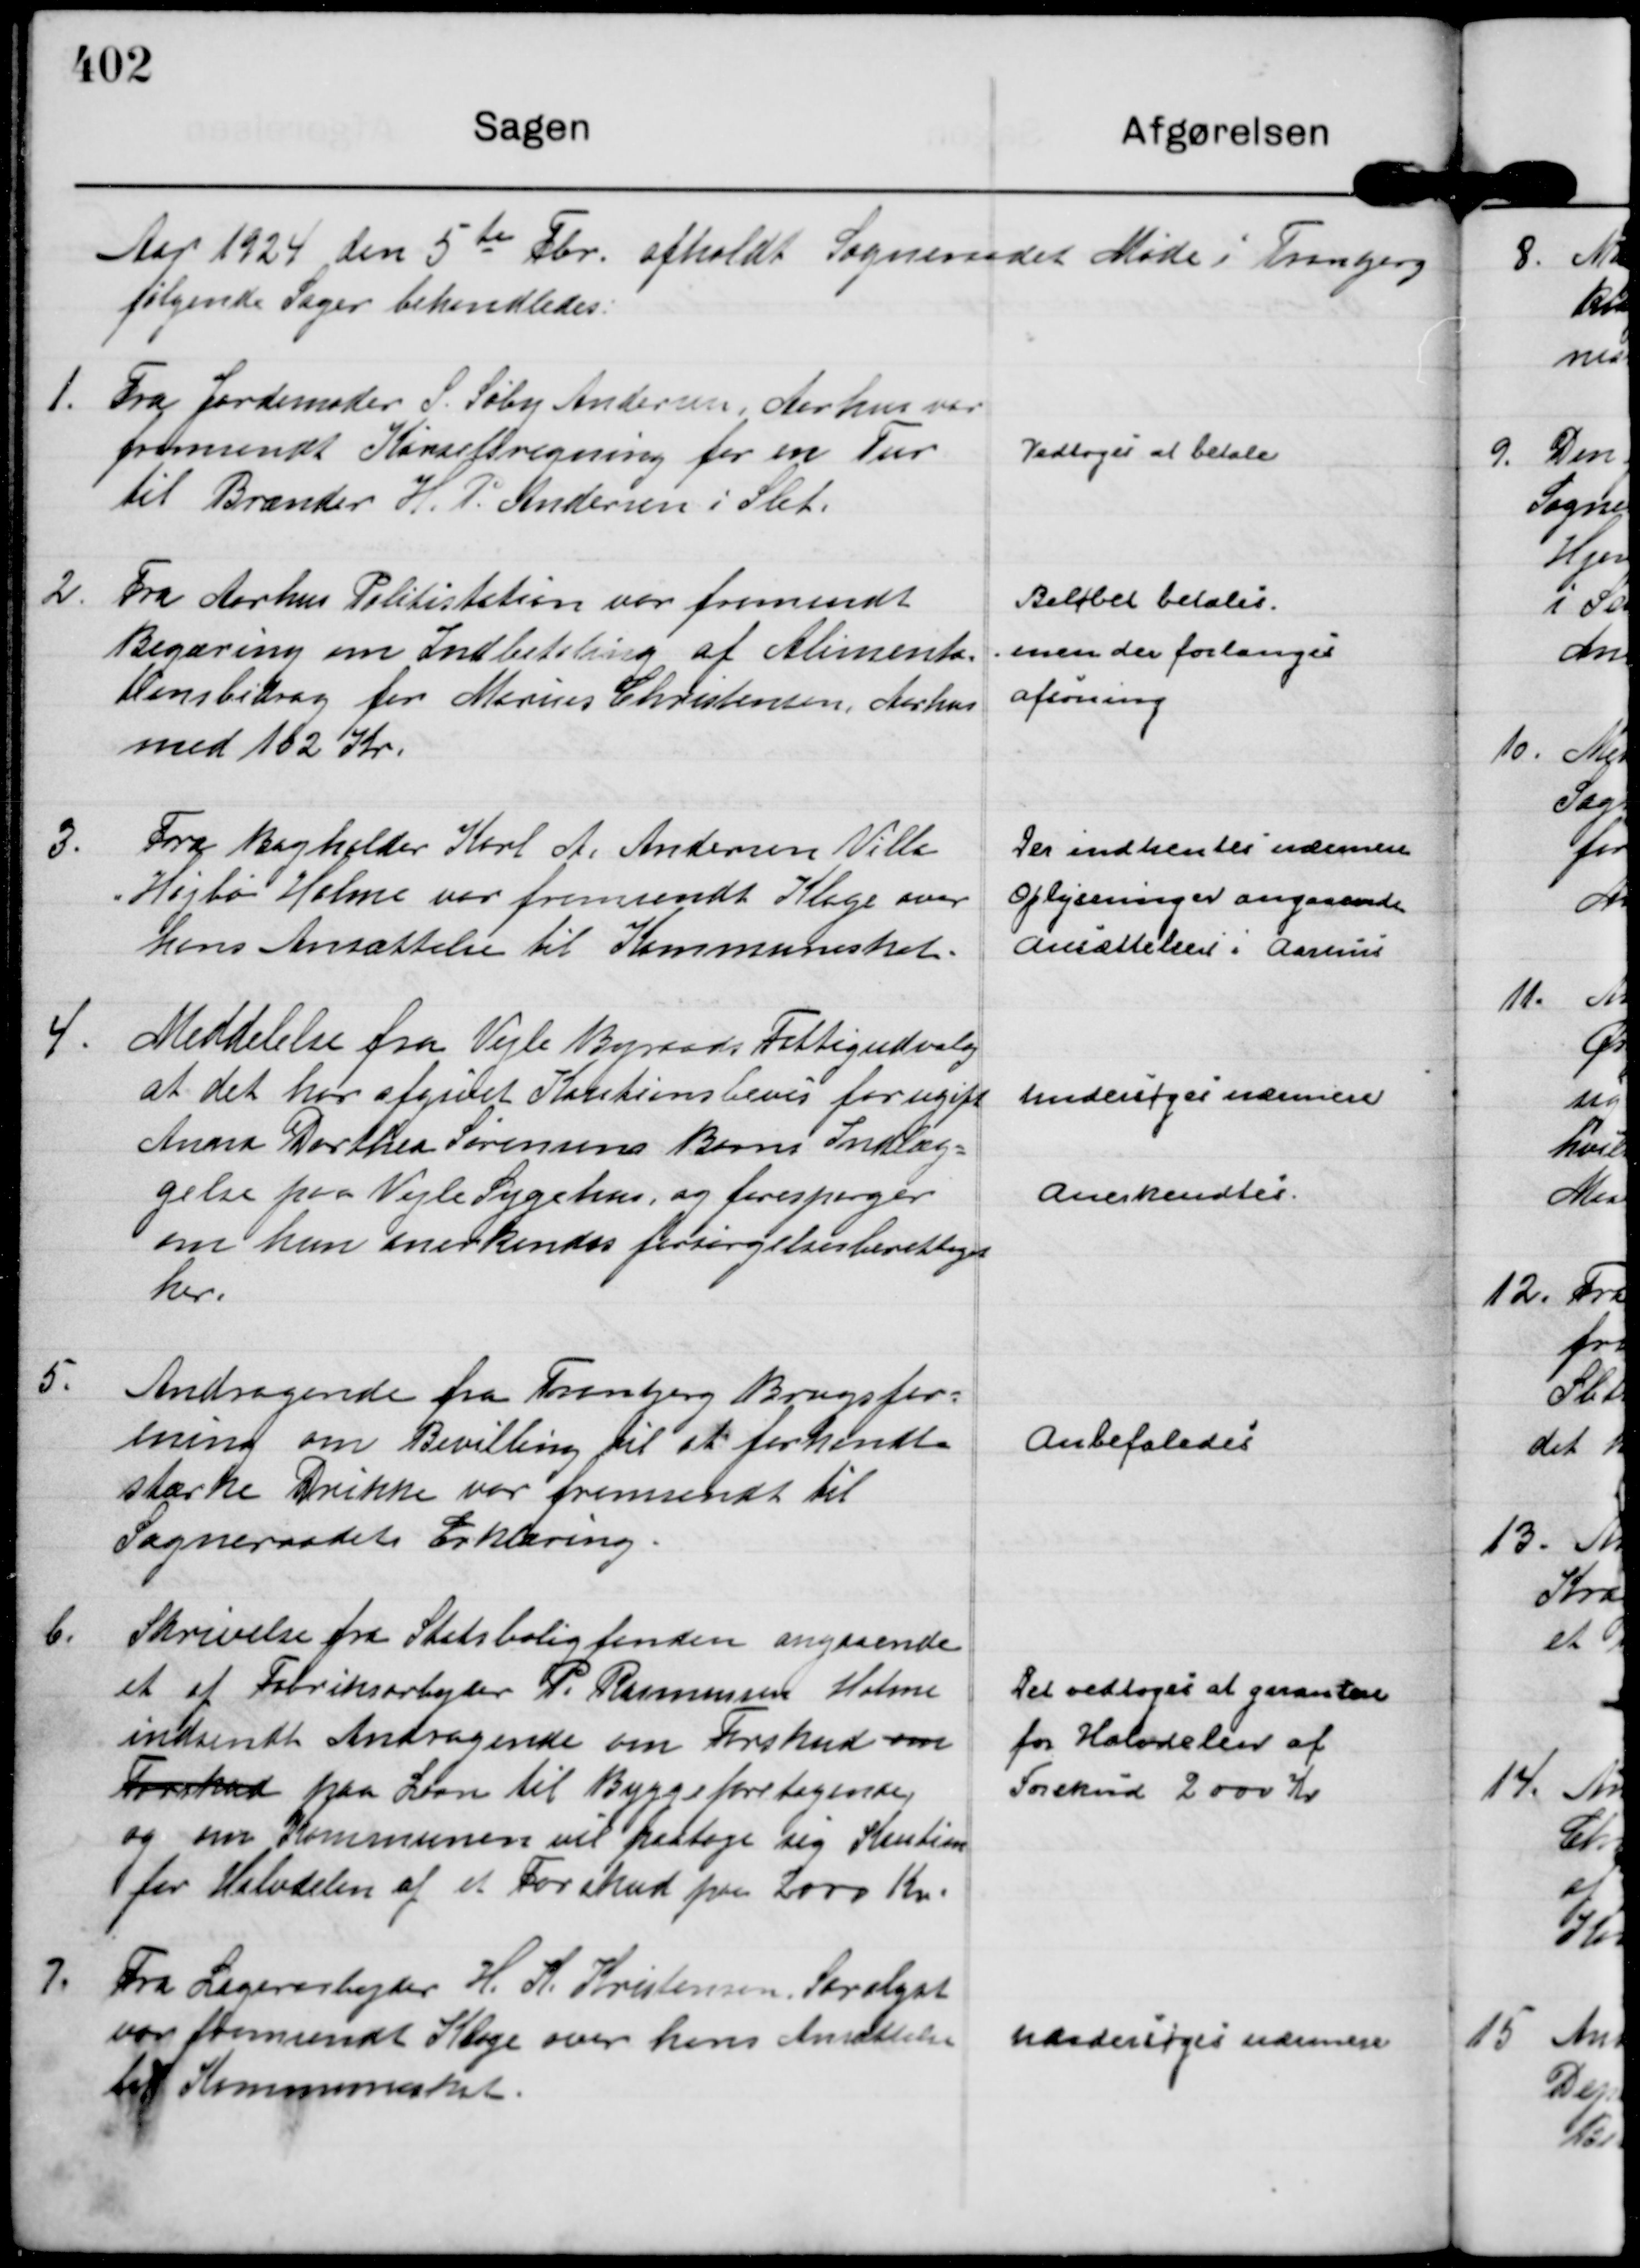
Transskription:
Aar 1924 den 5 te Fbr. afholdt Sogneraadet Møde i Tranbjerg 
følgende Sager behandledes:

1.
Fra Jordemoder S. Søby Andersen, Aarhus var
fremsendt Kørselsregning for en Tur
til Brænder H. P. Andersen i Slet

Vedtoges at betale

2.
Fra Aarhus Politistation var fremsendt
Begæring om Indbetaling af Alimenta=
tionsbidrag for Marius Christensen, Aarhus
med 102 Kr.

Beløbet betales
men der forlanges
afsoning

3.
Fra Bogholder Karl A. Andersen Villa
"Højbo"

Holme var fremsendt Klage over
hans Ansættelse til Kommuneskat.

Der indhentes nærmere
Oplysninger angaaende
ansættelsen i Aarhus

4.
Meddelelse fra Vejle Byraads Fattigudvalg
at det har afgivet Kautionsbevis for ugift
Anna Dorthea Sørensens Barns Indlæg=
gelse paa Vejle Sygehus og forespørger
om hun anerkendes forsørgelsesberettiget
her.

Undersøges nærmere
Anerkendtes.

5.
Andragende fra Tranbjerg Brugsfor=
ening om Bevilling til at forhandle
stærke Drikke var fremsendt til
Sogneraadets Erklæring.

Anbefaledes

6.
Skrivelse fra Statsboligfonden angaaende
et af Fabriksarbejder P. Rasmussen Holme
indsendt Andragende om Forskud om
Forskud paa Laan til Byggeforetagende,
og om Kommunen vil paatage sig Kaution
for Halvdelen af et Forskud paa 2000 kr.

Det vedtoges at garantere
for Halvdelen af
Forskud 2000 kr

9.
Fra Lagerarbejder H. K. Kristensen, Saralyst
var fremsendt Klage over hans Ansættelse
til Kommuneskat.

Undersøges nærmere